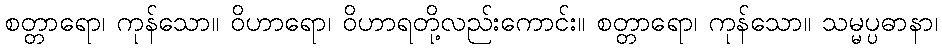
စတ္တာရော၊ ကုန်သော။ ဝိဟာရော၊ ဝိဟာရတို့လည်းကောင်း။ စတ္တာရော၊ ကုန်သော။ သမ္မပ္ပဓာနာ၊